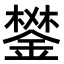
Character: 𨪧